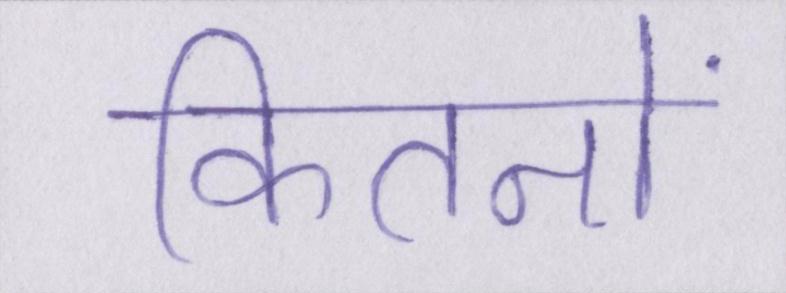
कितनों